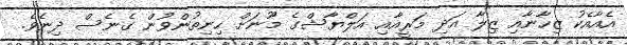
އެއާއެކު ޒިހާނާއި ޒިލާ އަދި މަރީއާއި އަލްޔާޝްގެ މޫނަށް ހިނިތުންވުން ގެނެސް ދިނެވެ.